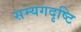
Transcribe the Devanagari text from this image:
सम्यगदृष्टि